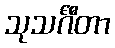
သုသင်္ဂီတာ